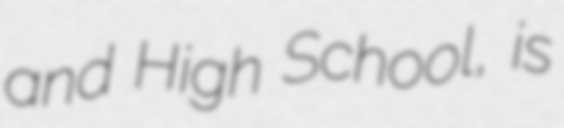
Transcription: and High School, is